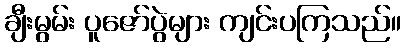
ချီးမွမ်း ပူဇော်ပွဲများ ကျင်းပကြသည်။